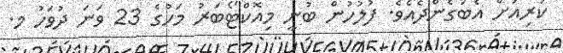
ކުރިއަށް އެބަގެންދެއެވެ. ފުލުހުން ބުނީ މިއޮކްޓޯބަރު މަހުގެ 23 ވަނަ ދުވަހު މ.